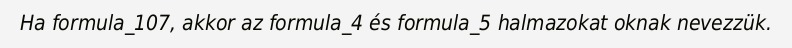
Ha formula_107, akkor az formula_4 és formula_5 halmazokat oknak nevezzük.